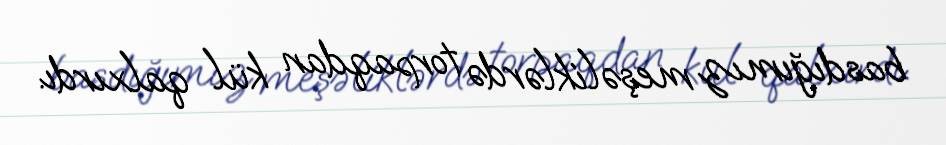
basdığımız meşəliklərdə torpaqdan kül qalxırdı.